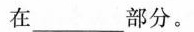
在___部分。